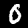
Digit: 0